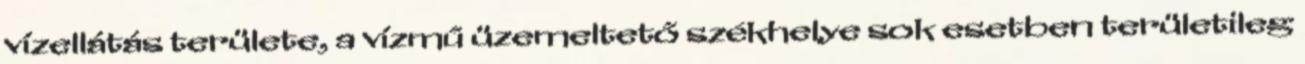
vízellátás területe, a vízmű üzemeltető székhelye sok esetben területileg